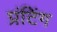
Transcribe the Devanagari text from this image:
प्रंटिंग